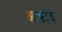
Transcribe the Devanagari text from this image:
आक्रांत्र